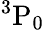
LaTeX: {}^{3}\mathrm{P}_{0}